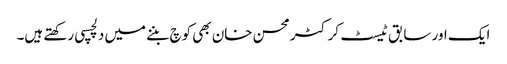
ایک اور سابق ٹیسٹ کرکٹر محسن خان بھی کوچ بننے میں دلچسپی رکھتے ہیں۔